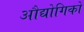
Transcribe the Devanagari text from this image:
औद्योगिकों